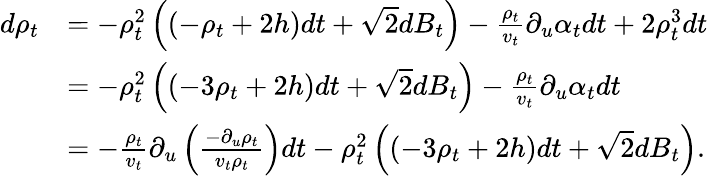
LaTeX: \begin{array}{rl}{d\rho_{t}}&{=-\rho_{t}^{2}\left((-\rho_{t}+2h)dt+\sqrt{2}dB_{t}\right)-\frac{\rho_{t}}{v_{t}}\partial_{u}\alpha_{t}dt+2\rho_{t}^{3}dt}\\ &{=-\rho_{t}^{2}\left((-3\rho_{t}+2h)dt+\sqrt{2}dB_{t}\right)-\frac{\rho_{t}}{v_{t}}\partial_{u}\alpha_{t}dt}\\ &{=-\frac{\rho_{t}}{v_{t}}\partial_{u}\left(\frac{-\partial_{u}\rho_{t}}{v_{t}\rho_{t}}\right)dt-\rho_{t}^{2}\left((-3\rho_{t}+2h)dt+\sqrt{2}dB_{t}\right).}\end{array}